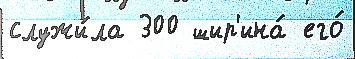
служи́ла 300 шир'ина́ его́